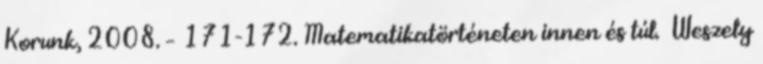
Korunk, 2008. – 171-172. Matematikatörténeten innen és túl. Weszely